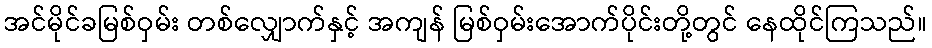
အင်မိုင်ခမြစ်ဝှမ်း တစ်လျှောက်နှင့် အကျန် မြစ်ဝှမ်းအောက်ပိုင်းတို့တွင် နေထိုင်ကြသည်။